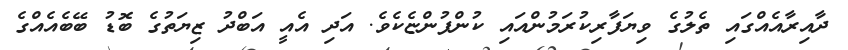
ދާއިރާއެއްގައި ތެލުގެ ވިޔަފާރިކުރަމުންއައި ކުންފުންޏެކެވެ. އަދި އެއީ އަބްދު ޒިޔަތުގެ ބޮޑު ބޭބެއެއްގެ